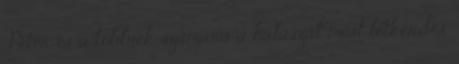
Péter és a többiek számára a halászat most létkérdés.